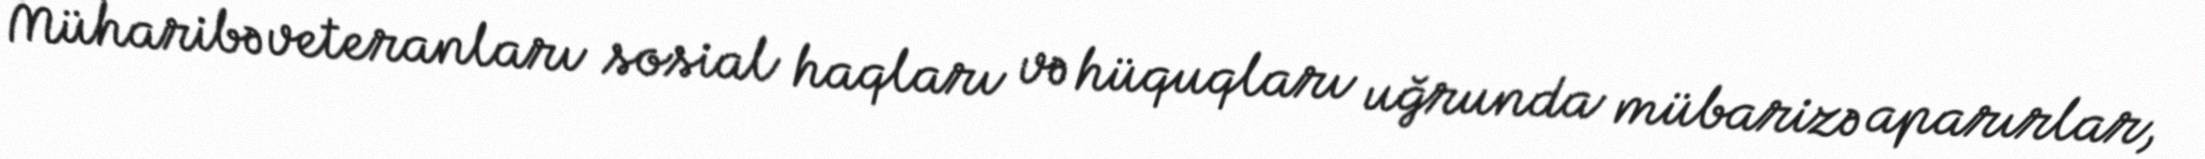
Müharibə veteranları sosial haqları və hüquqları uğrunda mübarizə aparırlar,